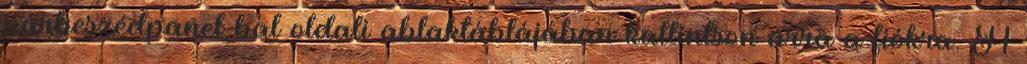
párbeszédpanel bal oldali ablaktáblájában kattintson arra a fiókra. A